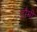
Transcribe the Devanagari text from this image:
टौमी